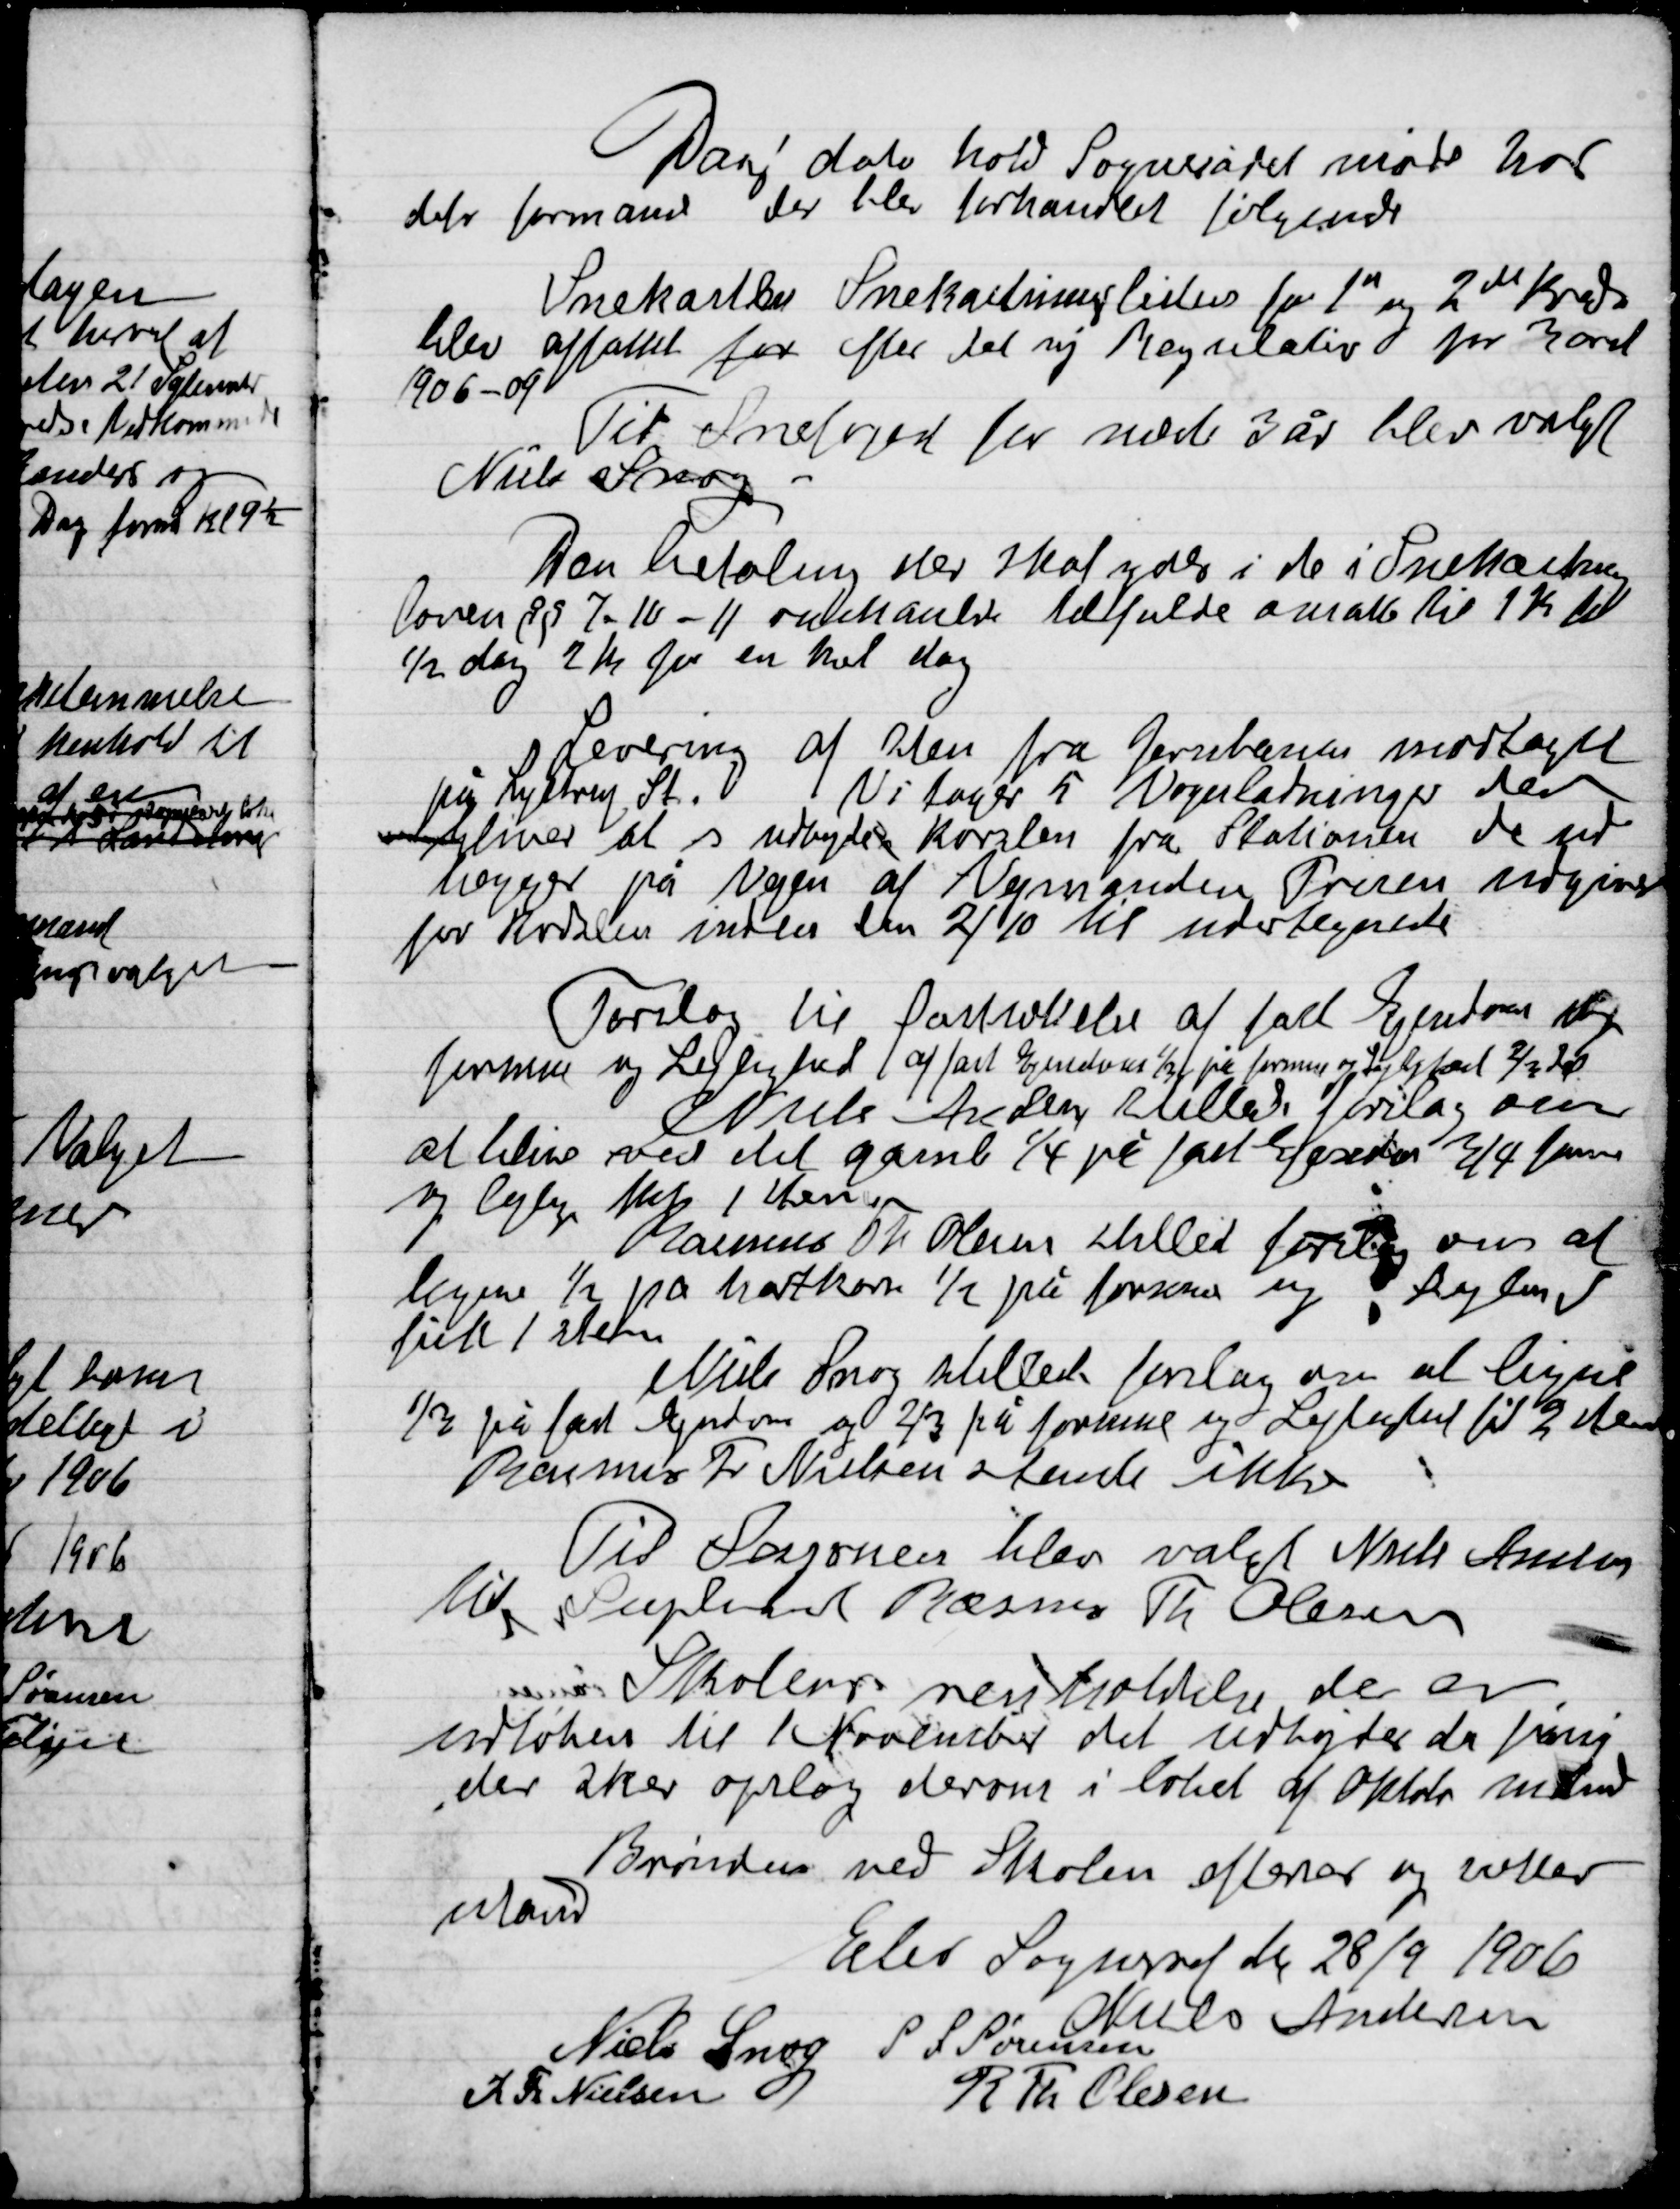
Transskription:
Dags dato holdt Sognerådet møde hvor
derfor formanden der blev forhandlet følgende

Snekaster Snekastningslisten for 1” og 2” kreds
blev affattet for efter det sig Regulativ for 3året
1906-09
Til Snefoged for næste 3 år blev valgt
Niels Snog

Den betaling der skal ydes i de i Snekastnings-
Loven § 9 7-10-11 omhandler Idfulde amålt til 1 Kr. til
½ dag 2 Kr. for en hel dag

Levering af Sten fra Jernbaner modtaget
på Lystrup St. Vi tager 5 Vognladninger der
bliver at udbyde kørsel fra Stationen der ud
lægges på Vejen af Vejmanden Prisen medgiver
for handlen inden den 2/10 til undertegnede

Forslag til fastholdelse af fast Ejendom og
Formue og Lejlighed af fast Ejendom 1/3 på formue og Lejlighed 2/3 Id
Niels Andersen tillader forslag over
at blive ved det gamle ¼ på fast Ejendom ¾ formue
og lejlighed 1 Stemme
Rasmus. Th. Olsen stiller forslag over at
ligne ½ på hartkorn ½ på formue og lejlighed
fik 1 stemme
Niels Snog stillede forslag om at ligne
½ på fast Ejendom og 2/3 på formue og Lejlighed til 2 stemmer
Rasmus Fr. Nielsen stemte ikke

Til Snefoged blev valgt Niels Andersen
til Supplant Rasmus Th. Olsen
 Skolen renholdelse der er
udløber til 1. November udligder da
der sker opslag derom i løbet af Oktober Måned

Brønden ved Skolen efterses og

Elev Sogneråd den 28/9 1906

Niels Andersen
Niels Snog
S. L. Sørensen
R. Fr. Nielsen
R. Th. Olsen